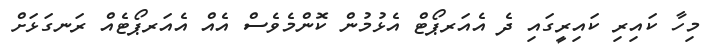
މިހާ ކައިރި ކައިރީގައި ދެ އެއަރޕޯޓް އެޅުމުން ކޮންމެވެސް އެއް އެއަރޕޯޓެއް ރަނގަޅަށް